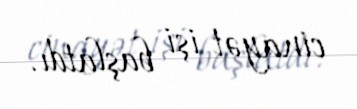
cinayət işi başlatdı.